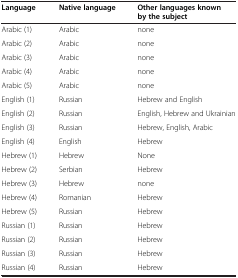
<table><thead><tr><td><b>Language</b></td><td><b>Native language</b></td><td><b>Other languages known by the subject</b></td></tr></thead><tbody><tr><td>Arabic (1)</td><td>Arabic</td><td>none</td></tr><tr><td>Arabic (2)</td><td>Arabic</td><td>none</td></tr><tr><td>Arabic (3)</td><td>Arabic</td><td>none</td></tr><tr><td>Arabic (4)</td><td>Arabic</td><td>none</td></tr><tr><td>Arabic (5)</td><td>Arabic</td><td>none</td></tr><tr><td>English (1)</td><td>Russian</td><td>Hebrew and English</td></tr><tr><td>English (2)</td><td>Russian</td><td>English, Hebrew and Ukrainian</td></tr><tr><td>English (3)</td><td>Russian</td><td>Hebrew, English, Arabic</td></tr><tr><td>English (4)</td><td>English</td><td>Hebrew</td></tr><tr><td>Hebrew (1)</td><td>Hebrew</td><td>None</td></tr><tr><td>Hebrew (2)</td><td>Serbian</td><td>Hebrew</td></tr><tr><td>Hebrew (3)</td><td>Hebrew</td><td>none</td></tr><tr><td>Hebrew (4)</td><td>Romanian</td><td>Hebrew</td></tr><tr><td>Hebrew (5)</td><td>Russian</td><td>Hebrew</td></tr><tr><td>Russian (1)</td><td>Russian</td><td>Hebrew</td></tr><tr><td>Russian (2)</td><td>Russian</td><td>Hebrew</td></tr><tr><td>Russian (3)</td><td>Russian</td><td>Hebrew</td></tr><tr><td>Russian (4)</td><td>Russian</td><td>Hebrew</td></tr></tbody></table>